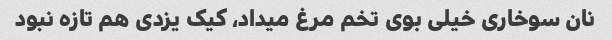
نان سوخاری خیلی بوی تخم مرغ میداد، کیک یزدی هم تازه نبود